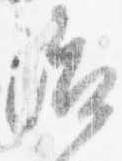
治